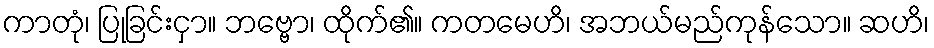
ကာတုံ၊ ပြုခြင်းငှာ။ ဘဗ္ဗော၊ ထိုက်၏။ ကတမေဟိ၊ အဘယ်မည်ကုန်သော။ ဆဟိ၊